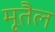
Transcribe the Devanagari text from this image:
मूतैल